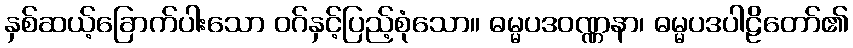
နှစ်ဆယ့်ခြောက်ပါးသော ဝဂ်နှင့်ပြည့်စုံသော။ ဓမ္မပဒဝဏ္ဏနာ၊ ဓမ္မပဒပါဠိတော်၏